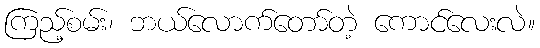
ကြည့်စမ်း၊ ဘယ်လောက်တော်တဲ့ ကောင်လေးလဲ။